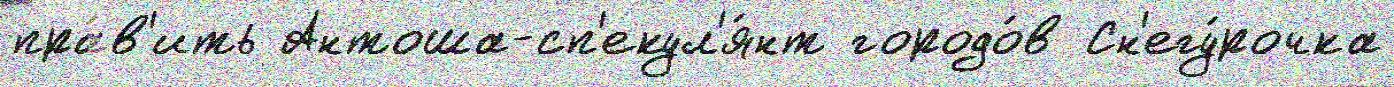
пра́в'ить Антоша-сп'екул'я́нт городо́в Сн'егу́рочка